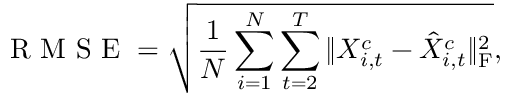
\mathrm { ~ R ~ M ~ S ~ E ~ } = \sqrt { \frac { 1 } { N } \sum _ { i = 1 } ^ { N } \sum _ { t = 2 } ^ { T } \Vert X _ { i , t } ^ { c } - \hat { X } _ { i , t } ^ { c } \Vert _ { \mathrm { F } } ^ { 2 } } ,